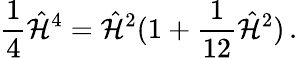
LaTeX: {\frac{1}{4}}\hat{\cal H}^{4}=\hat{\cal H}^{2}(1+{\frac{1}{12}}\hat{\cal H}^{2})\, .